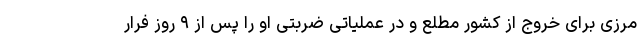
مرزی برای خروج از کشور مطلع و در عملیاتی ضربتی او را پس از ۹ روز فرار